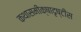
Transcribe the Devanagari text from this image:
कथासमीक्षादृष्टीस